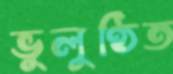
ভুলুণ্ঠিত